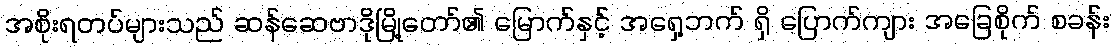
အစိုးရတပ်များသည် ဆန်ဆေဗာဒိုမြို့တော်၏ မြောက်နှင့် အရှေ့ဘက် ရှိ ပြောက်ကျား အခြေစိုက် စခန်း